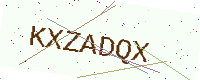
Text: KXZADQX